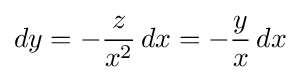
dy=-{\frac {z}{x^{2}}}\,dx=-{\frac {y}{x}}\,dx